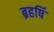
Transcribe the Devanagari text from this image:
ब्रहर्षि